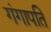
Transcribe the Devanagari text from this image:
गंगापति